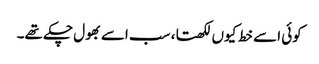
کوئی اسے خط کیوں لکھتا، سب اسے بھول چکے تھے۔